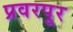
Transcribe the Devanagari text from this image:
प्रवरपूर